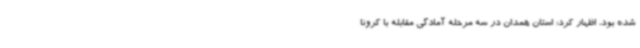
شده بود، اظهار کرد: استان همدان در سه مرحله آمادگی مقابله با کرونا